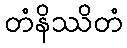
တံနိဿိတံ